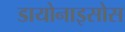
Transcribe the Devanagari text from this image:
डायोनाइसोस